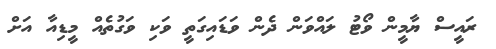
ރައީސް ޔާމީން ވޯޓު ލައްވަން ދެން ވަޑައިގަތީ ވަކި ވަގުތެއް މީޑިއާ އަށް